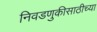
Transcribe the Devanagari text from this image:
निवडणुकीसाठीच्या